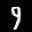
Label: 9